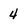
Character: 4